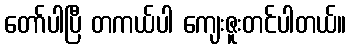
တော်ပါပြီ တကယ်ပါ ကျေးဇူးတင်ပါတယ်။